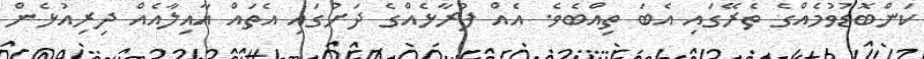
ކަންބޮޑުވުމެއްގެ ތެރޭގައި އެބަ ތިއްބެވެ. އެއް ފުރާޅެއްގެ ދަށުގައި އެތައް އާއިލާއެއް ދިރިއުޅެން